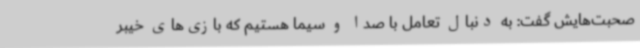
صحبت‌هایش گفت: به دنبال تعامل با صدا و سیما هستیم که بازی‌های خیبر